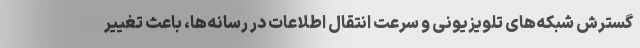
گسترش شبکه‌های تلویزیونی و سرعت انتقال اطلاعات در رسانه‌ها، باعث تغییر